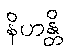
နိဟန္တိ